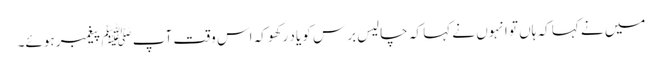
میں نے کہا کہ ہاں تو انہوں نے کہا کہ چالیس برس کو یاد رکھو کہ اس وقت آپﷺ پیغمبر ہوئے۔